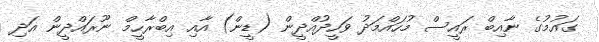
ގައުމުގެ ނާއިބް ރައީސް މުހައްމަދު ވަހީދުއްދީން (ޑީން) އާއި އިބްރާހީމް ނޫރައްދީން އަދި